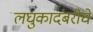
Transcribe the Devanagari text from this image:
लघुकादंबरीचे